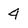
Character: 4